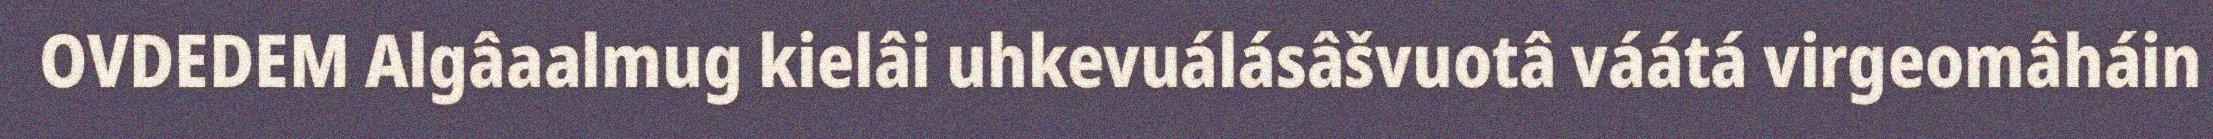
OVDEDEM Algâaalmug kielâi uhkevuálásâšvuotâ váátá virgeomâháin